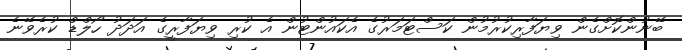
ބޭނުންކޮށްގެން ވިޔަފާރިކުރުމުން ކަސްޓަމަރުގެ އެކައުންޓުން އެ ކުރި ވިޔަފާރީގެ އަދަދު ހޯލްޑް ކުރެވޭނެ